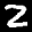
Label: 2